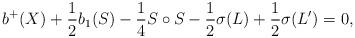
LaTeX: \begin{align*} b^+(X) + \frac{1}{2} b_1(S) -\frac{1}{4} S \circ S - \frac{1}{2} \sigma (L) + \frac{1}{2} \sigma (L')=0, \end{align*}